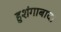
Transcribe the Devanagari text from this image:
हुशंगाबाद।